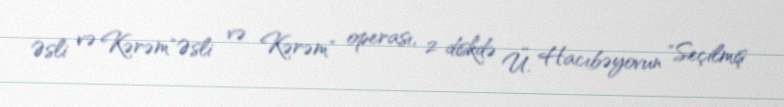
Əsli və Kərəm"Əsli və Kərəm" operası, 2 diskdə Ü. Hacıbəyovun "Seçilmiş